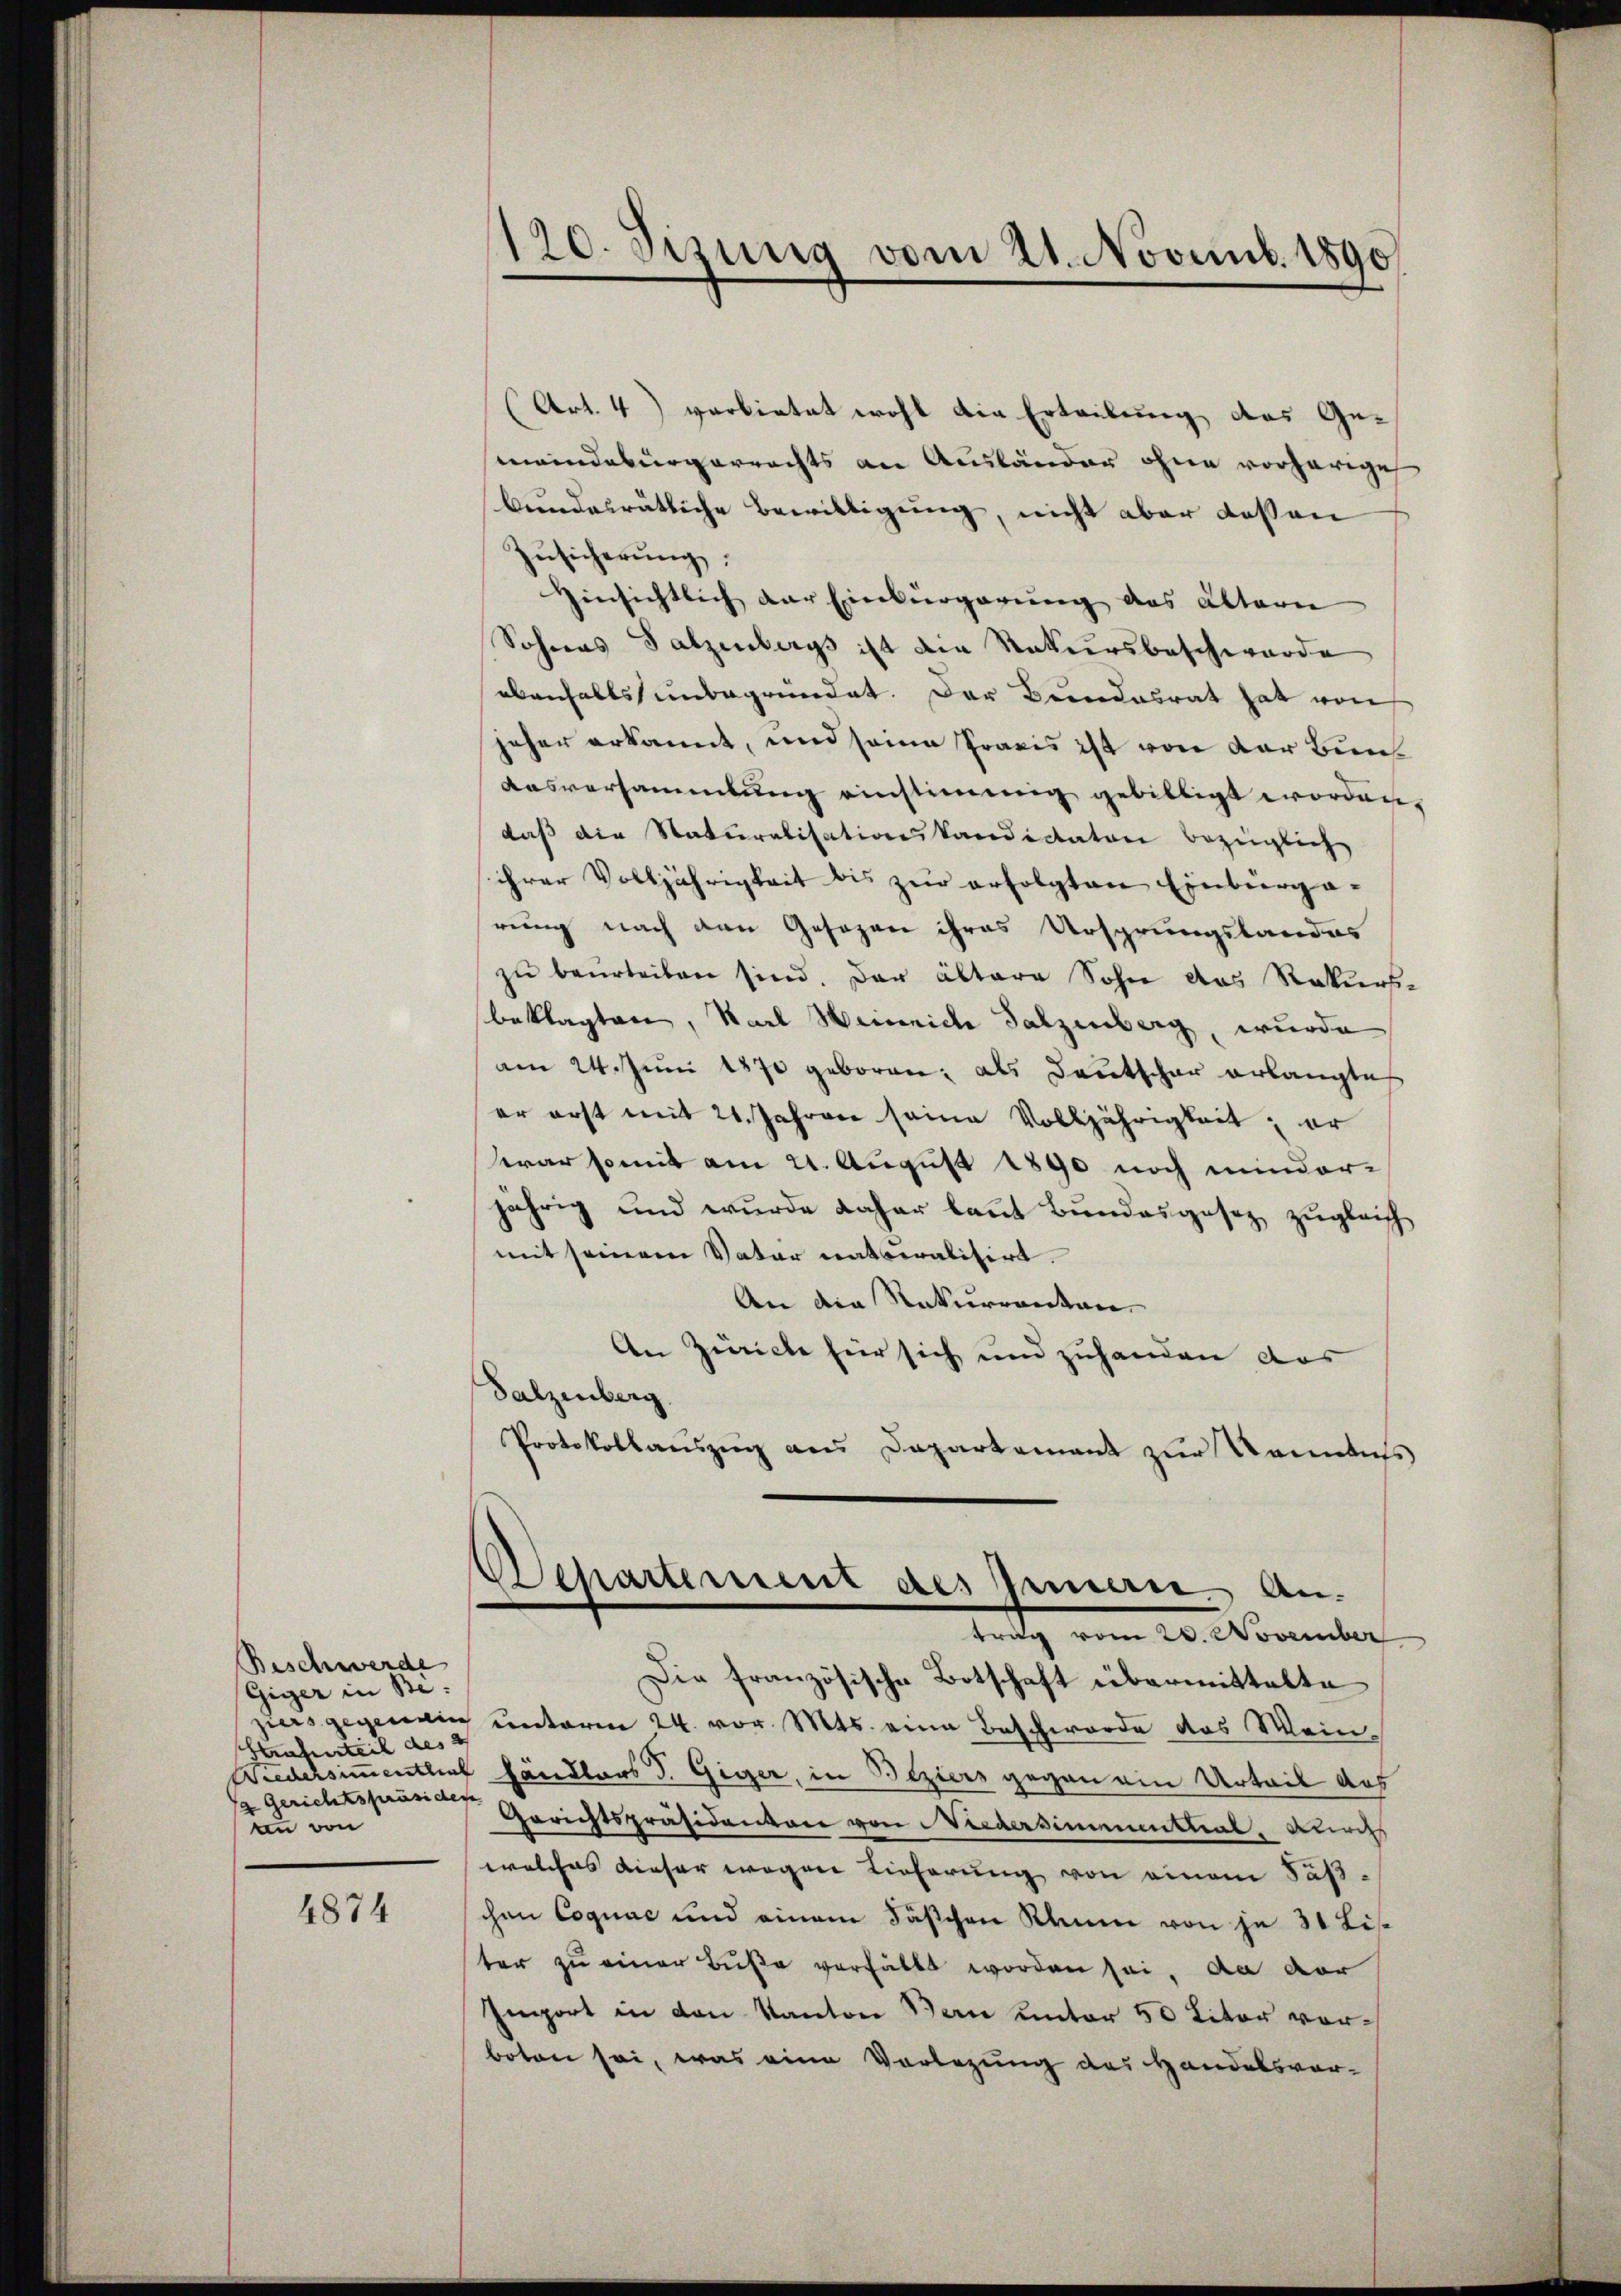
Beschwerde
Giger in Be
Htrahirteil des
 Gerichtspräsiden
an von

4874

(Art. 4) verbietet wohl die Erteilung des Gesemindebürgerrechts an Ausländer ohne vorherige
bundesrätliche Bewilligung, nicht aber dessen
Zŭsicherŭng.
Hinsichtlich der Einbürgerung des Altern
Sohnes Salzenbergs ist die Natursbeschwerde
ebenfalls unbegründet. Der Bundesrat hat von
jeher erkannt, und seine Praxis ist von der Ben
Ausversammlung einstimmig gebilligt worden.
daß die Naturalisationskandicator bezüglich
ihrer Volljährigkeit bis zur erfolgten Einbürga-
rung nach den Gesezen ihres Ursprungslandes
zŭ beŭrteilen sind. Der ältere Sohn das Rekurs-
beklagten, Karl Heinrich Salzenberg, wurde
am 24. Juni 1870 geboren; als Deutschar erlangtes
er erst mit 21. Jahren seine Volljährigkeit; er
war somit am 21. August 1890 noch minder-
jährig und wurde daher laut Bundesgesez zugleich
mit seinem Vater naturalisirt.
An die Rekurrentan-
An Zürich für sich und zuhanden das
Salzenberg.
Protokollauszug aus Departement zur Naments

120. Sizung vom 21. Novemb. 1890

Departement des Jeman. Antrag vom 20. November

Die französische Botschaft übermittelte
zers gegenein unterm 24. vor. Mts. eine Beschwerde das Mein¬
Wiedersimmentlich händlers d. Giger, in Beziers gegen ein Urteil des
Gerichtspräsidenvon von Niedersimmental, Birchs
welches dieser wegen Lieferung von einem Säßchen Cognac und einem Fäschen Kaum von je 31 Lis
ter zu einer Buße verfällt worden sei, da dar
Import in den Kanton Bern unter 50 Liter vorboten sei, was eine Vorlegung des Handelsvor¬